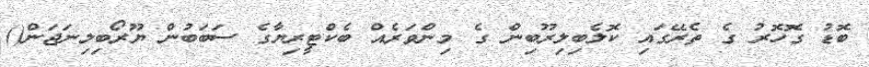
ބޮޑު ގޮހޮރު ގެ ތެރޭގައި ކޮލެބިލިރޫބިން ގެ މިންވަރެއް ބެކްޓީރިޔާގެ ސަބަބުން ޔޫރޯބިލިނަޖަން()